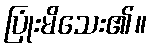
ပြုံးမိသေး၏။